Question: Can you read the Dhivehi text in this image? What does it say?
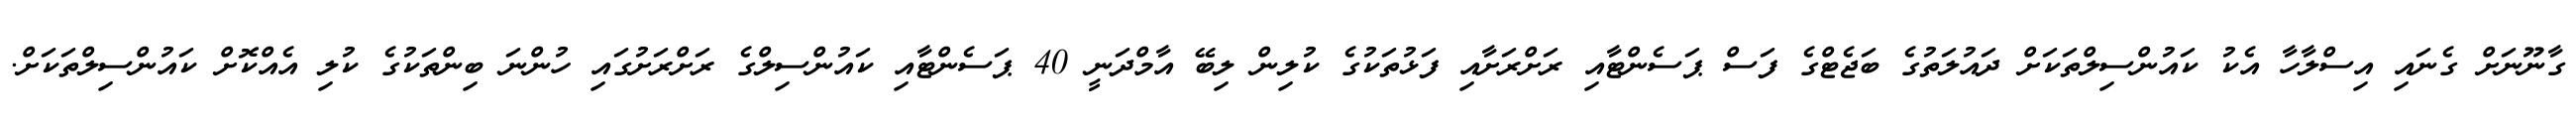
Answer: ގާނޫނަށް ގެނައި އިސްލާހާ އެކު ކައުންސިލްތަކަށް ދައުލަތުގެ ބަޖެޓްގެ ފަސް ޕަސެންޓާއި ރަށްރަށާއި ފަޅުތަކުގެ ކުލިން ލިބޭ އާމްދަނީ 40 ޕަސެންޓާއި ކައުންސިލްގެ ރަށްރަށުގައި ހުންނަ ބިންތަކުގެ ކުލި އެއްކޮށް ކައުންސިލްތަކަށް.